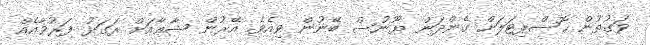
ވަގުތުން ހޮސްޕިޓަލަށް ގެންދަން ޔޫނުސް ބޭނުން ވިއެވެ. އޭރުން ޝާޢާއަށް ރަގަޅު ފަރުވާއެއް